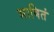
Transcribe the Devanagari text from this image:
भाषितं